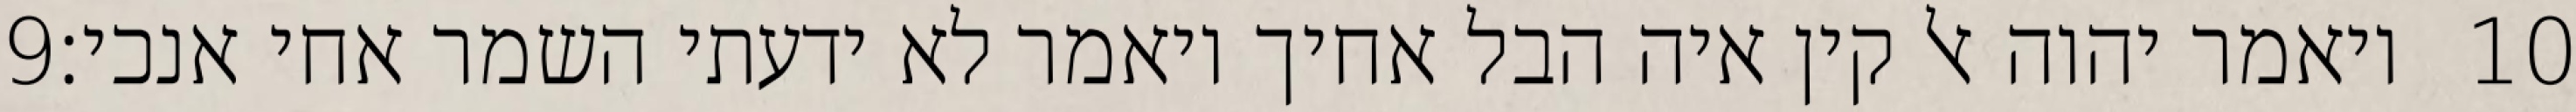
‎9‏ ויאמר יהוה אל קין איה הבל אחיך ויאמר לא ידעתי השמר אחי אנכי׃ ‎10‏